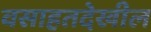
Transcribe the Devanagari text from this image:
वसाहतदेखील